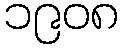
၁၉၀၈